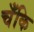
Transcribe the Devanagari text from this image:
चँकि